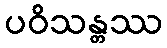
ပဝိသန္တဿ